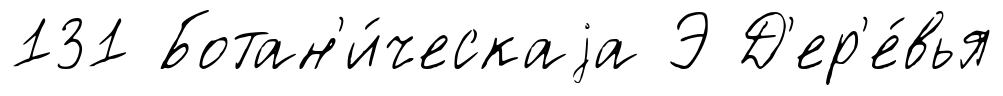
131 Ботан'и́ческаjа Э Д'ер'е́вья